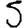
Digit: 5